Report of the King Institute of Preventive Medicine, Guindy
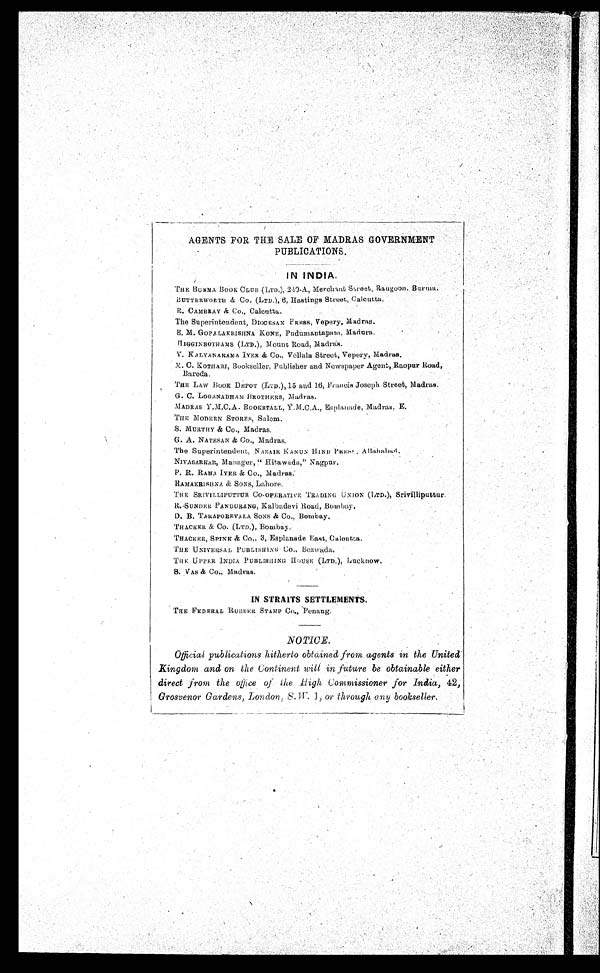
AGENTS FOR THE SALE OF MADRAS .GOVERNMENT
PUBLICATIONS .
IN INDIA.
1.
THE BURMA BooK CLUB (LTD.), 249-A, Merchant Street, Rangoon, Burma.
BUTTERWORTH & Co. (LTD.), 6, Hastings Street, Calcutta.
CAMBRAY & Co., Calcutta.
The Superintendent,DIOCESAN
PRESS, Vepery, Madras.
E, M. GOPALAKRISHNA KONE, Pudumantapam, Madura.
HIGGINBOTHAMS (LTD.), Mount Road, Madras.
V. KALYANARAMA IYER & Co.. Vellala Street, Vepery, Madras.
M. C. KOTHARI, Bookseller, 'Publisher and Newspaper Agent,Raopur Road,
Baroda.
THE LAW BOOK DEPOT (LTD.), 15 and 16, Francis Joseph Street, Madras.
G.C.LOGANADHAN BROTHERS, Madras.
MADRAS Y.M.C.A. BOOKSTALL, Y.M.C,A,, Esplanade, Madras, E.
THE MODERN STORES, Salem.
S. MURTHY & Co., Madras,
G. A. NATESAN & Co., Madras,
The Superintendent, NAZAIR KANUS HIND
Allahabad.
N1VASARKAR, Manager," llitawada," Nagpur.
P. R. RAMA IYER &Co., Madras.
RAMAKRISHNA & SONS Lahor
TH E SR IVI LIP UTTUROPERATIVE'IRA DING U NI ON (1 ,TD.), Srivilliputtur.
R.SUNDER PANDURANG, Kalbadevi Road, Bombay.
D. B. TARAPOREVALA SONS & Co., Bombay.
'I' HACKER & Co. (LTD.), Bombay.
THACKER, SPINK & Co., 3, Esplanade. Nast, Calcutta.
THE UNIVERSAL PUBLISHING Co., Bezwada,
THE UPPER INDIA PUBLISHING HOUSE (LTD.)
.Lucknow.
S. VAS & Co., Madras.
IN STRAITS SETTLEMENTS,
THE FEDERAL RUBBER STAMP Co., Penang.
NOTICE.
Official publications hitherto obtained fromagents in the United
Kingdom and on the Continent will in future be obtainable either
direct from the office of the high Commissioner for India, 42,
Grosvenor Gardens, London,
S.W.1, or through any bookseller.